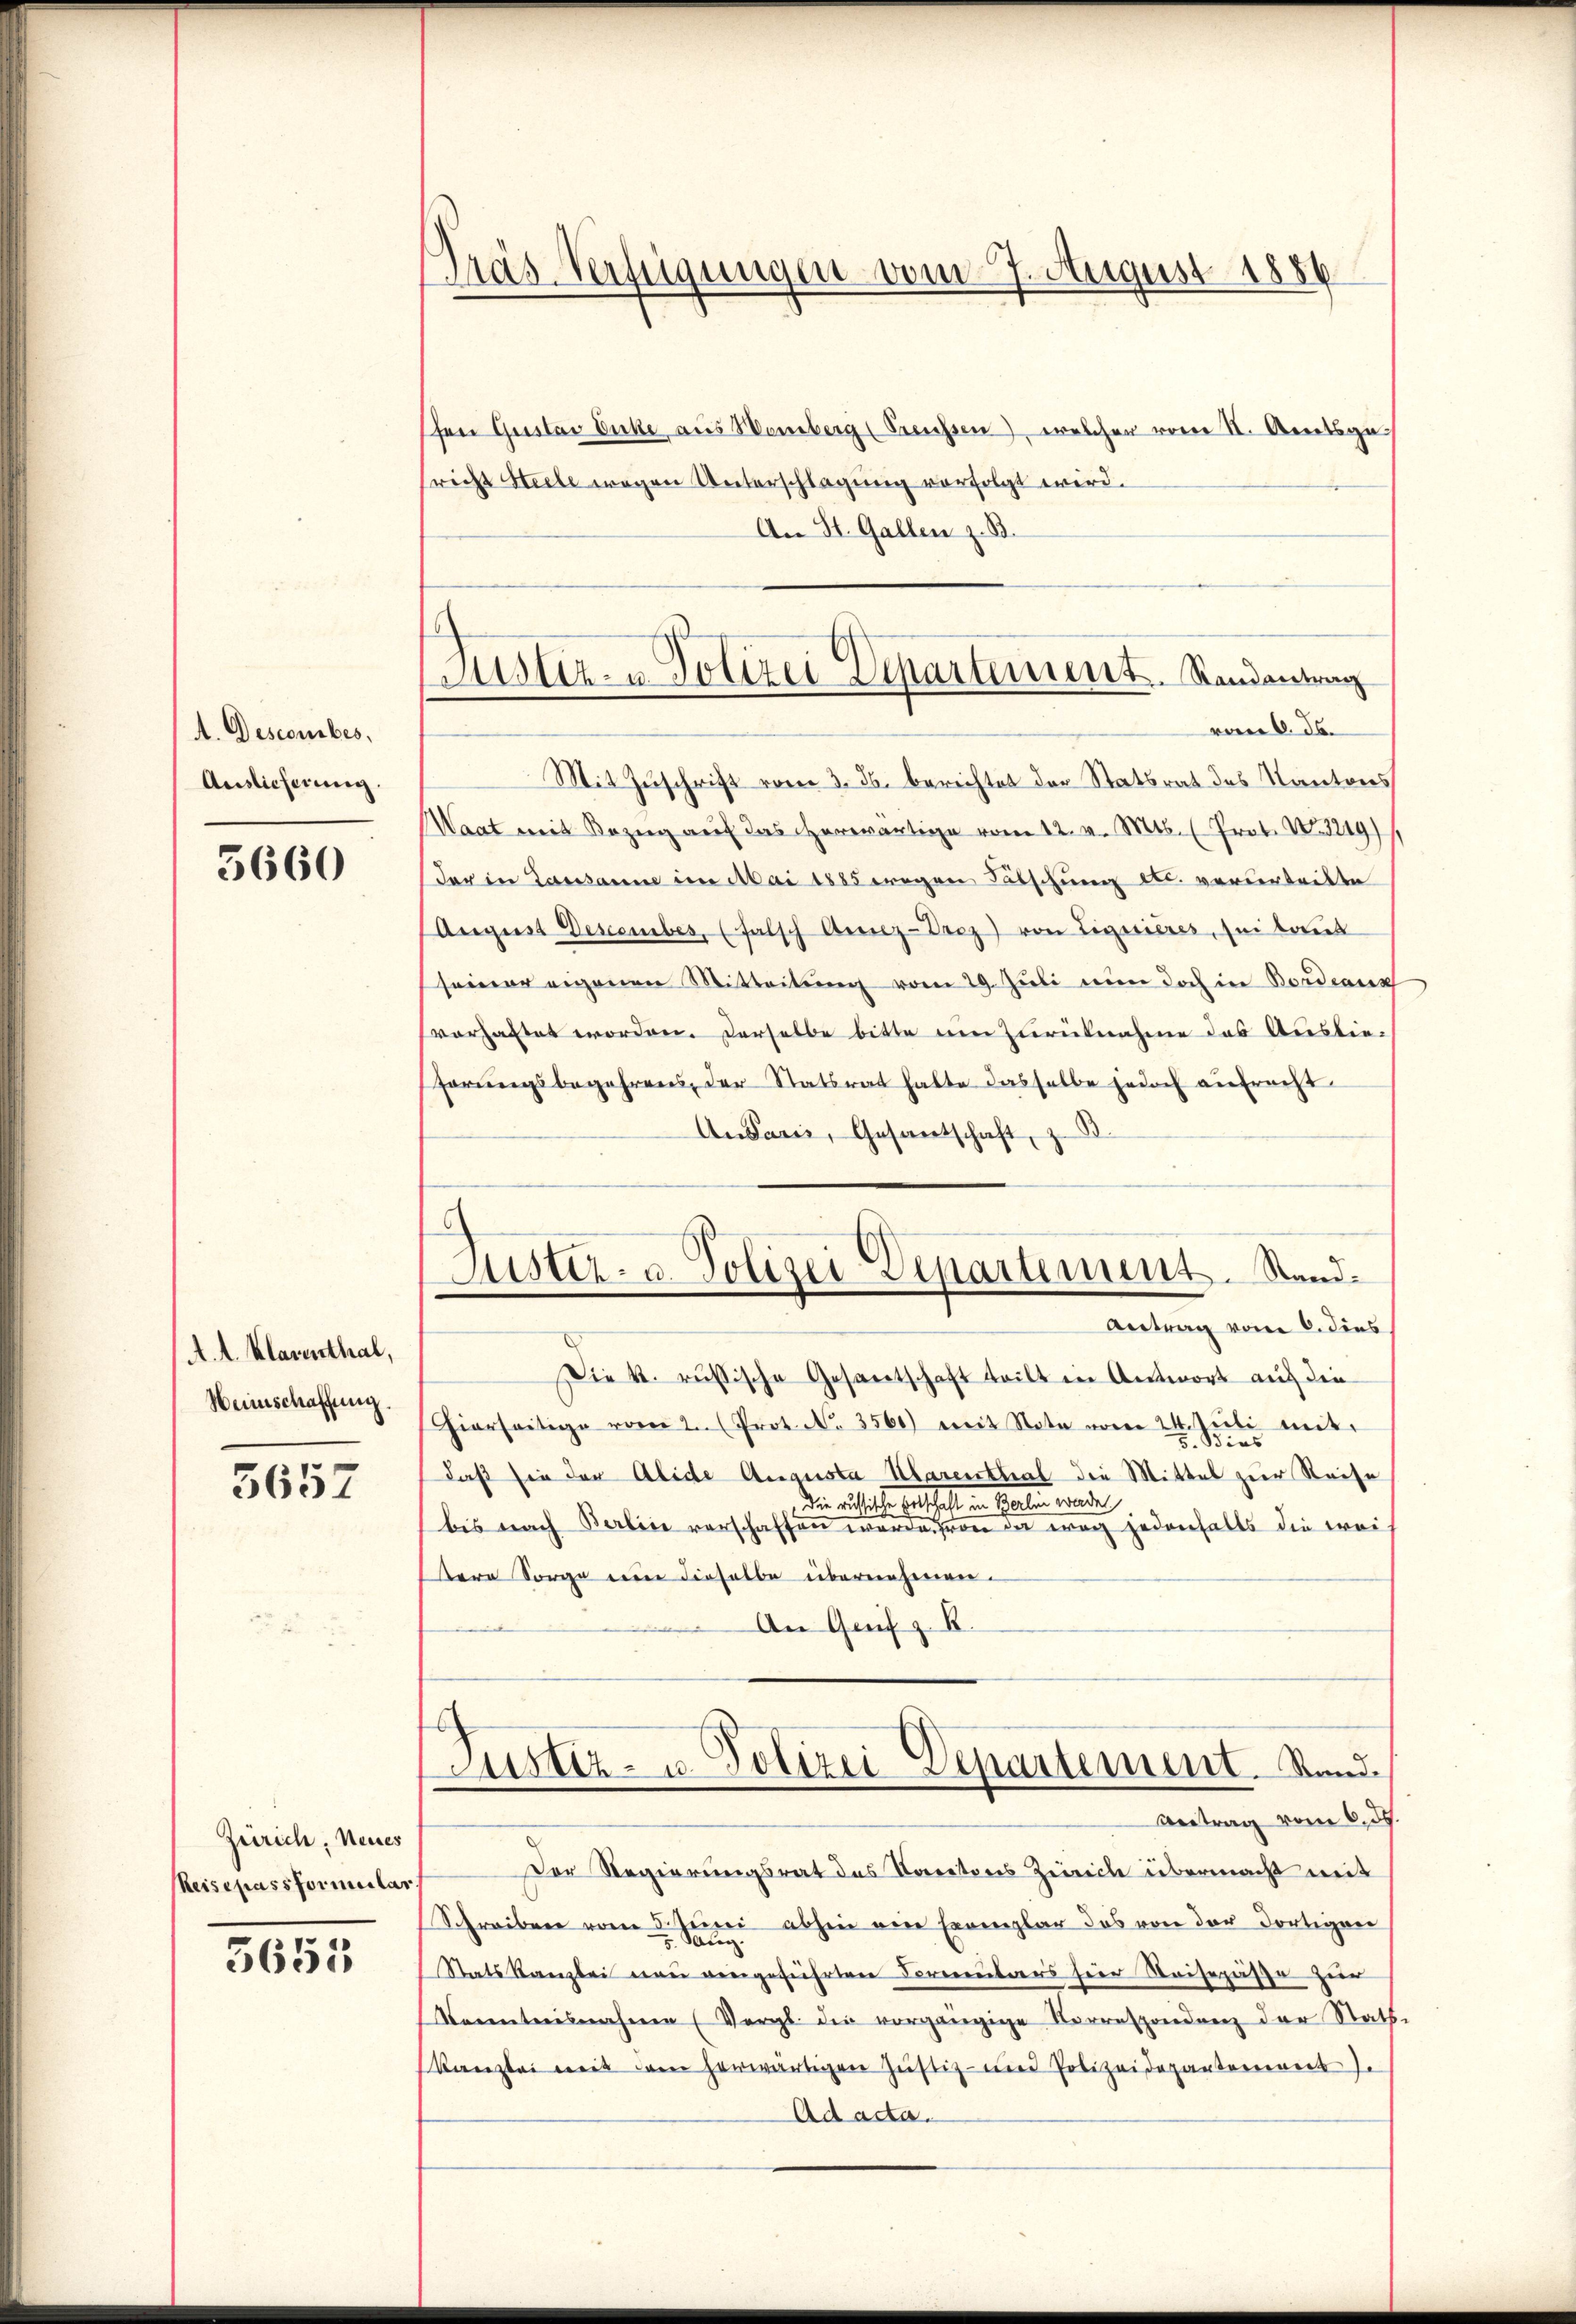
A. Descomibes,
Auslieferung.

5660

A. A. Klarenthal,
Heinschaffung.

5657

Zürich, Neues
Reisepassformular

5651

Träs-Verfügungen vom 7. August 1889

hen Gustav Dicke aus Weiberg (Preussen), welcher vom II. Amtsge
richt Seele wegen Unterschlagung vorfolgt wird.
An St. Gallen z. B.
Mit Zuschrift vom 3. ds. berichtet der Statsrat des Kantons
Waat mit Bezŭg aŭf das herwärtige vom 12. v. Mts. (Prot. No. 3219)
der in Lausanne im Mai 1885 wegen Fälschung etc. verurteilte
August Descember, (falsch Arnz-Vrez) von Liquières, sei laut
seiner eigenen Mitteilŭng vom 29. Juli nun doch in Bordeaux
vorhaltet worden. Derselbe bitte um Zurücknahme das Ausbiehörungsbegehrens, der Statsrat hatte dasselbe jedoch aufrecht
Antanie, Gesandtschaft, z
Die k. russische Gesantschaft teilt in Antwort auf die
hierseitige vom 2. (Prot. No. 3560) mit Note vom 24. Jŭli mit
daß sie der Alide Augusta Marenthal die Mittel zur Reise
Die entliche verschaft in Parten werde
bis nach Berlin verschaffen worden von da weg jedenfalls die wei
dere Sorge eine dieselbe übernehmen.
An Grif z. B.
Justiz- u. Polizei Departement. Sand¬
Betrag vom 6. ds.
Der Regierungsrat des Karators Zeiriche übermacht mit
Schreiben vom 2. Juni abhin eine Exemplar das von der dortigen
Statskanzlei neu eingeführten Formentars hier Weisepässe zur
Kenntnisnahmen (Vergl. die vorgängige Korrespondenz der Rath
Kanzlei mit dem herwärtigen Justiz- und Polizeidepartement J.
Ad acta.

Büster- u Polizei Departement. Standentrag
vom 6. ds.

Muster- u. Polizei Departement. Stand.
Antrag vom 6. dies